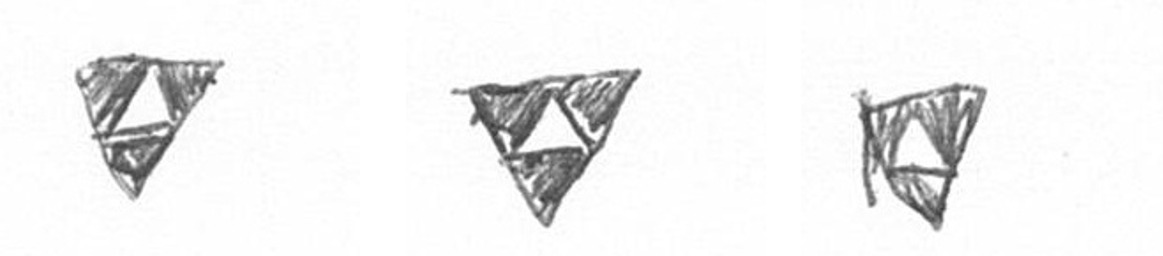
S S S